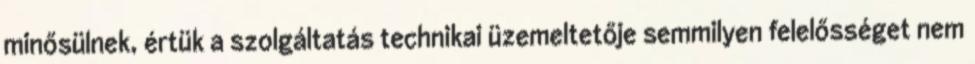
minősülnek, értük a szolgáltatás technikai üzemeltetője semmilyen felelősséget nem